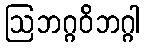
ဩဘဂ္ဂဝိဘဂ္ဂါ